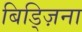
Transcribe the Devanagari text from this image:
बिड्ज़िना